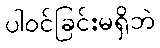
ပါဝင်ခြင်းမရှိဘဲ